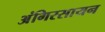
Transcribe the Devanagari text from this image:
अंगिरसायन